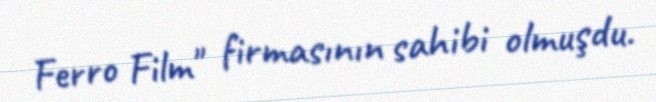
Ferro Film" firmasının sahibi olmuşdu.